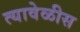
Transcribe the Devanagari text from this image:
त्यावेळीस